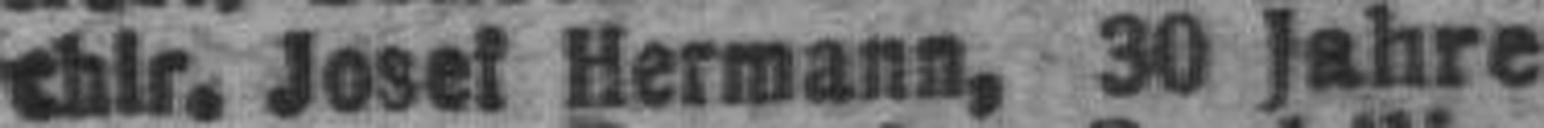
chlr. Josef Hermann, 30 Jahre